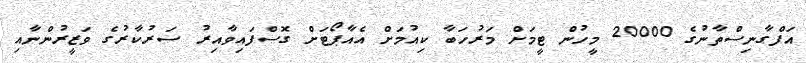
އަފްގާނިސްތާނުގެ 20000 މީހުން ޓީމަށް މަރުހަބާ ކިއުމަށް އެއާޕޯޓަށް ގޮސްފައިވާއިރު ސަރުކާރުގެ ވަޒީރުންނާއި